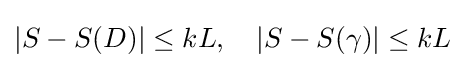
|S-S(D)|\leq kL,\quad |S-S(\gamma )|\leq kL